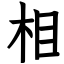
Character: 相